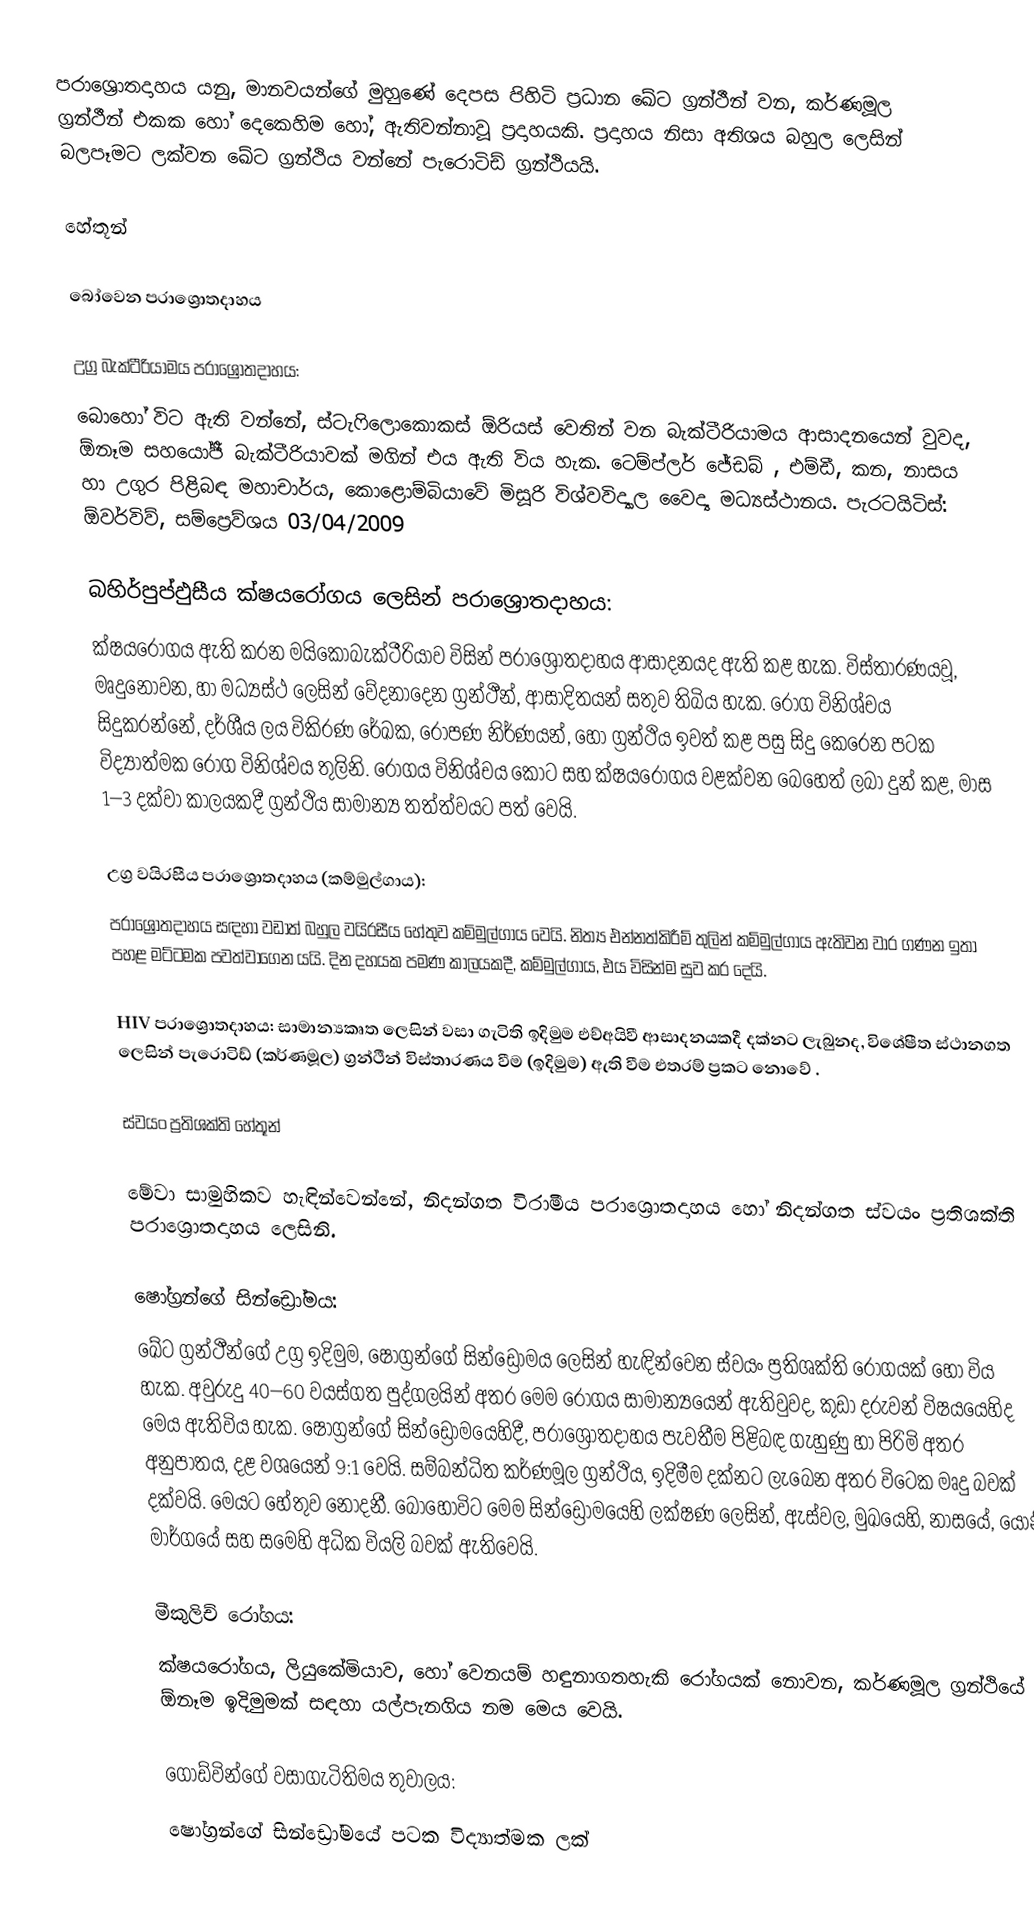
පරාශ්‍රොතදාහය යනු, මානවයන්ගේ මුහුණේ දෙපස පිහිටි ප්‍රධාන ඛේට ග්‍රන්ථීන් වන, කර්ණමූල ග්‍රන්ථීන් එකක හෝ දෙකෙහිම හෝ, ඇතිවන්නාවූ ප්‍රදාහයකි. ප්‍රදාහය නිසා අතිශය බහුල ලෙසින් බලපෑමට ලක්වන ඛේට ග්‍රන්ථිය වන්නේ පැරොටිඩ් ග්‍රන්ථියයි.

හේතූන්

බෝවෙන  පරාශ්‍රොතදාහය

උග්‍ර බැක්ටීරියාමය පරාශ්‍රොතදාහය:
බොහෝ විට ඇති වන්නේ,  ස්ටැෆිලොකොකස්  ඕරියස් වෙතින්  වන බැක්ටීරියාමය ආසාදනයෙන් වුවද,  ඕනෑම  සහයෝජී බැක්ටීරියාවක් මගින් එය ඇති විය හැක.  ටෙම්ප්ලර් ජේඩබ් , එම්ඩී, කන, නාසය හා උගුර පිළිබඳ මහාචාර්ය, කොළොම්බියාවේ මිසූරි විශ්වවිද්‍යාල වෛද්‍ය මධ්‍යස්ථානය. පැරටයිටිස්: ඕවර්විව්, සම්ප්‍රෙව්ශය 03/04/2009

 බහිර්පුප්ඵුසීය ක්ෂයරෝගය ලෙසින් පරාශ්‍රොතදාහය:
ක්ෂයරෝගය ඇති කරන මයිකොබැක්ටීරියාව විසින්  පරාශ්‍රොතදාහය ආසාදනයද ඇති කළ හැක. විස්තාරණයවූ, මෘදුනොවන, හා මධ්‍යස්ථ ලෙසින් වේදනාදෙන ග්‍රන්ථීන්,  ආසාදිතයන් සතුව තිබිය හැක. රෝග විනිශ්චය  සිදුකරන්නේ, දර්ශීය ලය විකිරණ රේඛක, රෝපණ නිර්ණයන්, හෝ  ග්‍රන්ථිය ඉවත් කළ පසු සිදු කෙරෙන පටක විද්‍යාත්මක රෝග විනිශ්චය  තුලිනි. රෝගය විනිශ්චය කොට සහ ක්ෂයරෝගය වළක්වන බෙහෙත් ලබා දුන් කළ, මාස  1–3 දක්වා කාලයකදී ග්‍රන්ථිය සාමාන්‍ය තත්ත්වයට පත් වෙයි.

උග්‍ර වයිරසීය පරාශ්‍රොතදාහය (කම්මුල්ගාය):
පරාශ්‍රොතදාහය සඳහා වඩාත් බහුල වයිරසීය හේතුව කම්මුල්ගාය වෙයි. නිත්‍ය එන්නත්කිරීම් තුලින් කම්මුල්ගාය ඇතිවන වාර ගණන ඉතා පහළ මට්ටමක පවත්වාගෙන යයි. දින දහයක පමණ කාලයකදී, කම්මුල්ගාය,  එය විසින්ම සුව කර දෙයි.

HIV පරාශ්‍රොතදාහය: සාමාන්‍යකෘත ලෙසින් වසා ගැටිති ඉදිමුම එච්අයිවී ආසාදනයකදී දක්නට ලැබුනද, විශේෂීත ස්ථානගත ලෙසින් පැරොටිඩ් (කර්ණමූල) ග්‍රන්ථීන් විස්තාරණය වීම (ඉදිමුම) ඇති වීම එතරම් ප්‍රකට නොවේ .

ස්වයං ප්‍රතිශක්ති හේතූන්

මේවා සාමුහිකව හැඳින්වෙන්නේ,  නිදන්ගත විරාමීය පරාශ්‍රොතදාහය හෝ නිදන්ගත ස්වයං ප්‍රතිශක්ති පරාශ්‍රොතදාහය ලෙසිනි.

ෂෝග්‍රන්ගේ සින්ඩ්‍රෝමය:
ඛේට ග්‍රන්ථීන්ගේ උග්‍ර ඉදිමුම, ෂෝග්‍රන්ගේ සින්ඩ්‍රෝමය ලෙසින් හැඳින්වෙන ස්වයං ප්‍රතිශක්ති රෝගයක් හෝ විය හැක. අවුරුදු 40–60 වයස්ගත පුද්ගලයින් අතර මෙම රෝගය සාමාන්‍යයෙන් ඇතිවුවද, කුඩා දරුවන් විෂයයෙහිද මෙය ඇතිවිය හැක. ෂෝග්‍රන්ගේ සින්ඩ්‍රෝමයෙහිදී, පරාශ්‍රොතදාහය පැවතීම පිළිබඳ ගැහුණු හා පිරිමි අතර අනුපාතය, දළ වශයෙන් 9:1 වෙයි. සම්බන්ධිත කර්ණමූල ග්‍රන්ථිය, ඉදිමීම දක්නට ලැබෙන අතර විටෙක මෘදු බවක් දක්වයි. මෙයට හේතුව නොදනී. බොහෝවිට මෙම සින්ඩ්‍රොමයෙහි ලක්ෂණ ලෙසින්, ඇස්වල, මුඛයෙහි, නාසයේ, යෝනි මාර්ගයේ සහ සමෙහි අධික වියලි බවක් ඇතිවෙයි.

මීකුලිච් රෝගය:
ක්ෂයරෝගය, ලියුකේමියාව, හෝ වෙනයම් හඳුනාගතහැකි රෝගයක් නොවන, කර්ණමූල ග්‍රන්ථියේ ඕනෑම ඉදිමුමක් සඳහා යල්පැනගිය නම මෙය වෙයි.

ගොඩ්වින්ගේ වසාගැටිතිමය තුවාලය:
ෂෝග්‍රන්ගේ සින්ඩ්‍රෝමයේ පටක විද්‍යාත්මක ලක්